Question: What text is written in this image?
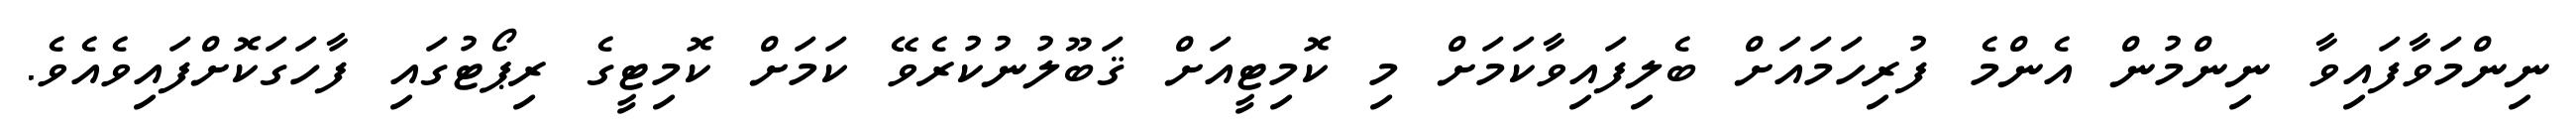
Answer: ނިންމަވާފައިވާ ނިންމުން އެންމެ ފުރިހަމައަށް ބެލިފައިވާކަމަށް މި ކޮމިޓީއަށް ޤަބޫލުނުކުރެވޭ ކަމަށް ކޮމިޓީގެ ރިޕޯޓުގައި ފާހަގަކޮށްފައިވެއެވެ.